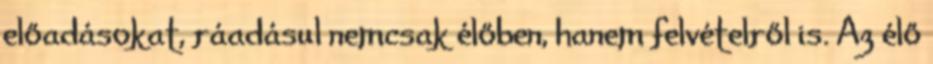
előadásokat, ráadásul nemcsak élőben, hanem felvételről is. Az élő